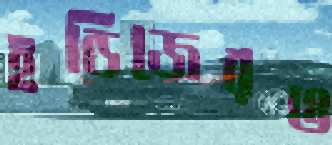
ইন্ডিজেরও